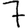
Digit: 7